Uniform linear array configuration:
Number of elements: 48
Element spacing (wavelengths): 1
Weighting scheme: cosine
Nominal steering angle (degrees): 60
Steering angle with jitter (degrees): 59.967
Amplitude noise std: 0.05
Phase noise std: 0.05

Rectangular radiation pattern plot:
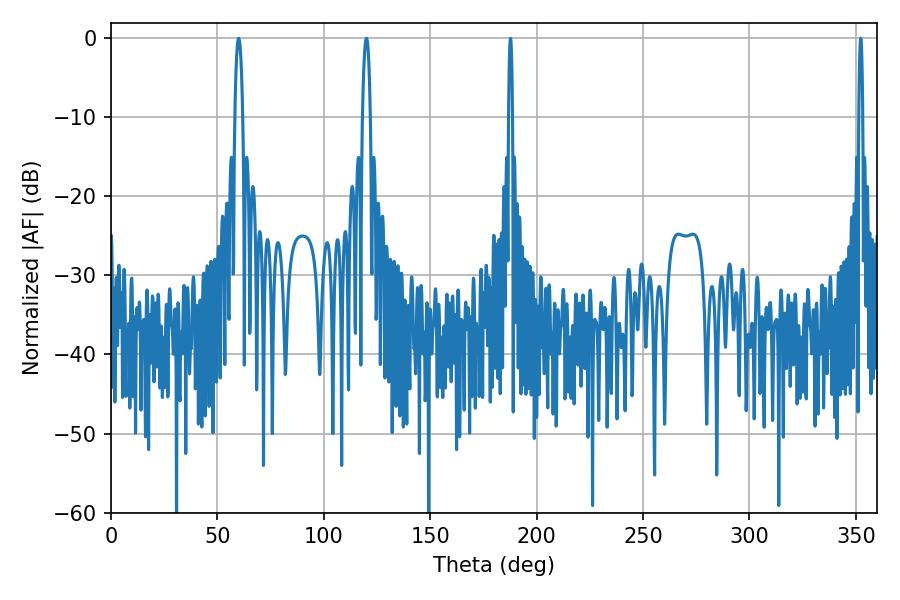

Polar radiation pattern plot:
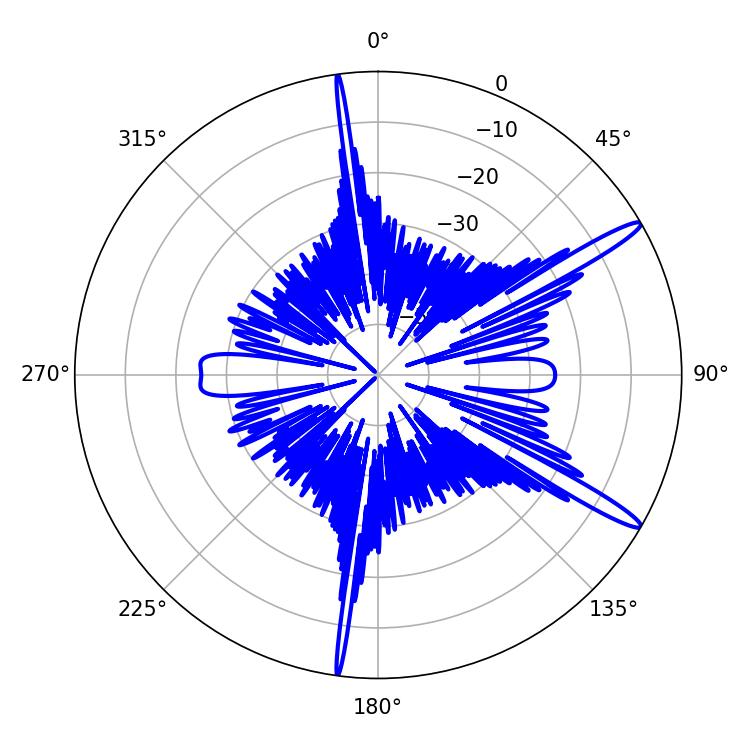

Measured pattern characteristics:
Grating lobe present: TRUE
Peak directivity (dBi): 14.788
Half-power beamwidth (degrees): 1.98
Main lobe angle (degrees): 59.94